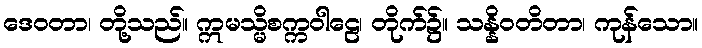
ဒေဝတာ၊ တို့သည်။ ဣမသ္မိစက္ကဝါဠေ၊ တိုက်၌။ သန္နိဝတိတာ၊ ကုန်သော။